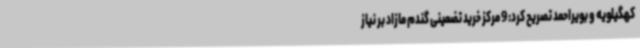
کهگیلویه و بویراحمد تصریح کرد: 9 مرکز خرید تضمینی گندم مازاد بر نیاز